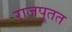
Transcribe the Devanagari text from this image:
राजपूतत